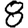
Digit: 8